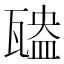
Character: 𤮃